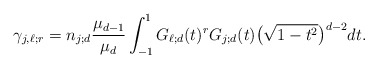
\begin{align*}\gamma_{j,\ell; r}=n_{j;d}\frac{\mu_{d-1}}{\mu_d}\int_{-1}^1 G_{\ell;d}(t)^r G_{j;d}(t)\big(\sqrt{1-t^2}\big)^{d-2} dt.\end{align*}